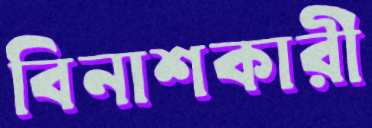
বিনাশকারী